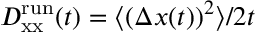
D _ { \mathrm { x x } } ^ { \mathrm { r u n } } ( t ) = \langle ( \Delta x ( t ) ) ^ { 2 } \rangle / 2 t